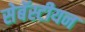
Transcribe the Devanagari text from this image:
सेबॅस्टीयन